Indian journal of veterinary science and animal husbandry - Volumes 18-21, 1948-1951
Year: 1948
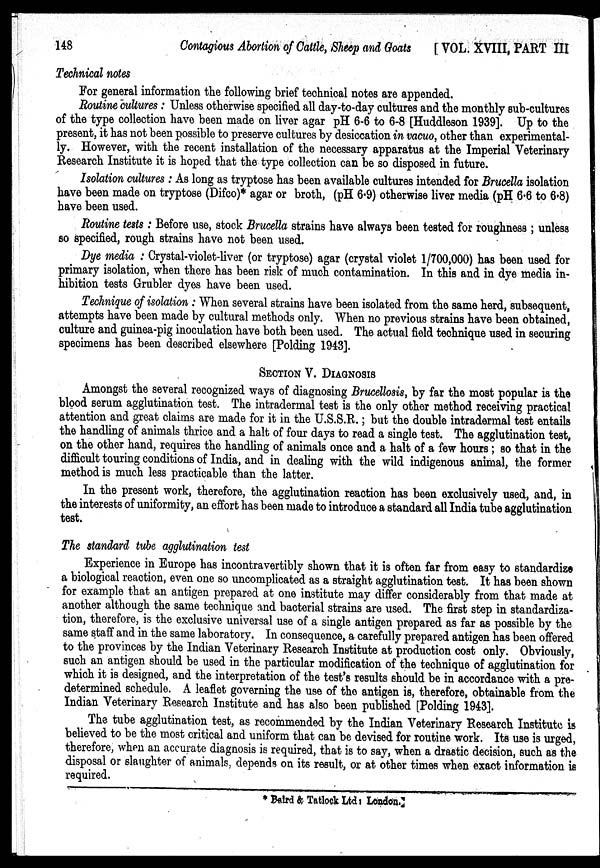
148
Contagious Abortion of Cattle, Sheep and Goats
[VOL. XVIII, PART III
Technical notes
For general information the following brief technical notes are appended.
Routine cultures : Unless otherwise specified all day-to-day cultures and the monthly sub-cultures
of the type collection have been made on liver agar pH 6-6 to 6-8 [Huddleson 1939]. Up to the
present, it has not been possible to preserve cultures by desiccation in vacuo, other than experimental-
ly. However, with the recent installation of the necessary apparatus at the Imperial Veterinary
Research Institute it is hoped that the type collection can be so disposed in future.
Isolation cultures : As long as tryptose has been available cultures intended for Brucella isolation
have been made on tryptose (Difco)* agar or broth, (pH 6.9) otherwise liver media (pH 6.6 to 6.8)
have been used.
Routine tests : Before use, stock Brucella strains have always been tested for roughness; unless
so specified, rough strains have not been used.
Dye media : Crystal-violet-liver (or tryptose) agar (crystal violet 1/700,000) has been used for
primary isolation, when there has been risk of much contamination. In this and in dye media in-
hibition tests Grubler dyes have been used.
Technique of isolation : When several strains have been isolated from the same herd, subsequent,
attempts have been made by cultural methods only. When no previous strains have been obtained,
culture and guinea-pig inoculation have both been used. The actual field technique used in securing
specimens has been described elsewhere [Polding 1943].
SECTION V. DIAGNOSIS
Amongst the several recognized ways of diagnosing Brucellosis, by far the most popular is the
blood serum agglutination test. The intradermal test is the only other method receiving practical
attention and great claims are made for it in the U.S.S.R.; but the double intradermal test entails
the handling of animals thrice and a halt of four days to read a single test. The agglutination test,
on the other hand, requires the handling of animals once and a halt of a few hours ; so that in the
difficult touring conditions of India, and in dealing with the wild indigenous animal, the former
method is much less practicable than the latter.
In the present work, therefore, the agglutination reaction has been exclusively used, and, in
the interests of uniformity, an effort has been made to introduce a standard all India tube agglutination
test.
The standard tube agglutination test
Experience in Europe has incontravertibly shown that it is often far from easy to standardize
a biological reaction, even one so uncomplicated as a straight agglutination test. It has been shown
for example that an antigen prepared at one institute may differ considerably from that made at
another although the same technique and bacterial strains are used. The first step in standardiza-
tion, therefore, is the exclusive universal use of a single antigen prepared as far as possible by the
same staff and in the same laboratory. In consequence, a carefully prepared antigen has been offered
to the provinces by the Indian Veterinary Research Institute at production cost only. Obviously,
such an antigen should be used in the particular modification of the technique of agglutination for
which it is designed, and the interpretation of the test's results should be in accordance with a pre-
determined schedule. A leaflet governing the use of the antigen is, therefore, obtainable from the
Indian Veterinary Research Institute and has also been published [Polding 1943].
The tube agglutination test, as recommended by the Indian Veterinary Research Institute is
believed to be the most critical and uniform that can be devised for routine work. Its use is urged,
therefore, when an accurate diagnosis is required, that is to say, when a drastic decision, such as the
disposal or slaughter of animals, depends on its result, or at other times when exact information is
required.
* Baird & Tatlock Ltd: London.